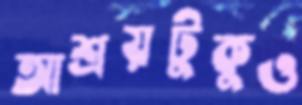
আশ্রয়টুকুও